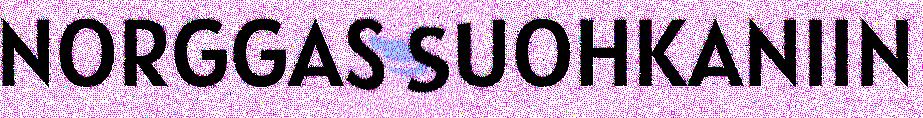
NORGGAS SUOHKANIIN